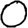
Digit: 0